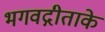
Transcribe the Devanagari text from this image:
भगवद्गीताके